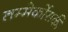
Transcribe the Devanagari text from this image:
तम्मेर्कोसकी